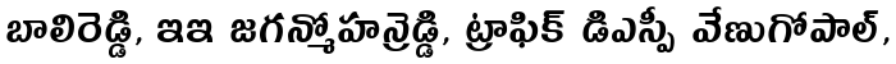
బాలిరెడ్డి, ఇఇ జగన్మోహన్రెడ్డి, ట్రాఫిక్ డిఎస్పీ వేణుగోపాల్,